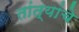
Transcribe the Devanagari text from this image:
तांत्यांचे